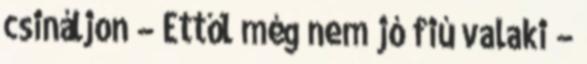
csináljon – Ettől még nem jó fiú valaki –